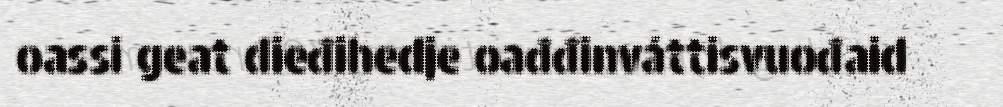
oassi geat dieđihedje oađđinváttisvuođaid